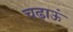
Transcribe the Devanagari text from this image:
चढ़ाऊं